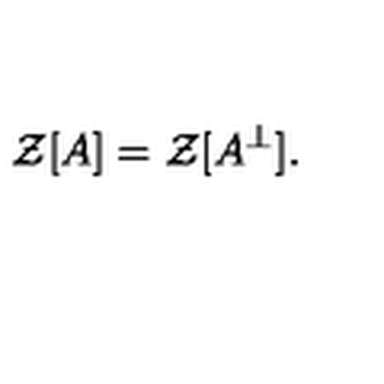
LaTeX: { \mathcal Z } [ A ] = { \mathcal Z } [ A ^ { \perp } ] .